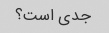
جدی است؟